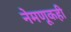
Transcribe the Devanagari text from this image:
नेमणूकही